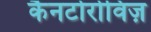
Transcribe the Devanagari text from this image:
कैनटोरोविज़